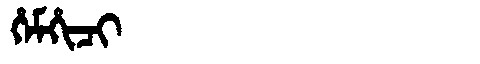
Manchu: ᡥᡝᠮᡥᡳᠴᡳ
Romanization: HEMHICI